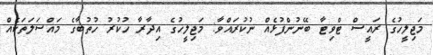
މަޖިލީހުގެ ރައީސް ޓްވިޓާ ބޭނުންފުޅެއް ނުކުރައްވާ: މަޖިލީހުގެ އިދާރާ ހުކުރު ހުތުބާގެ މައްސަލަތަކެއް